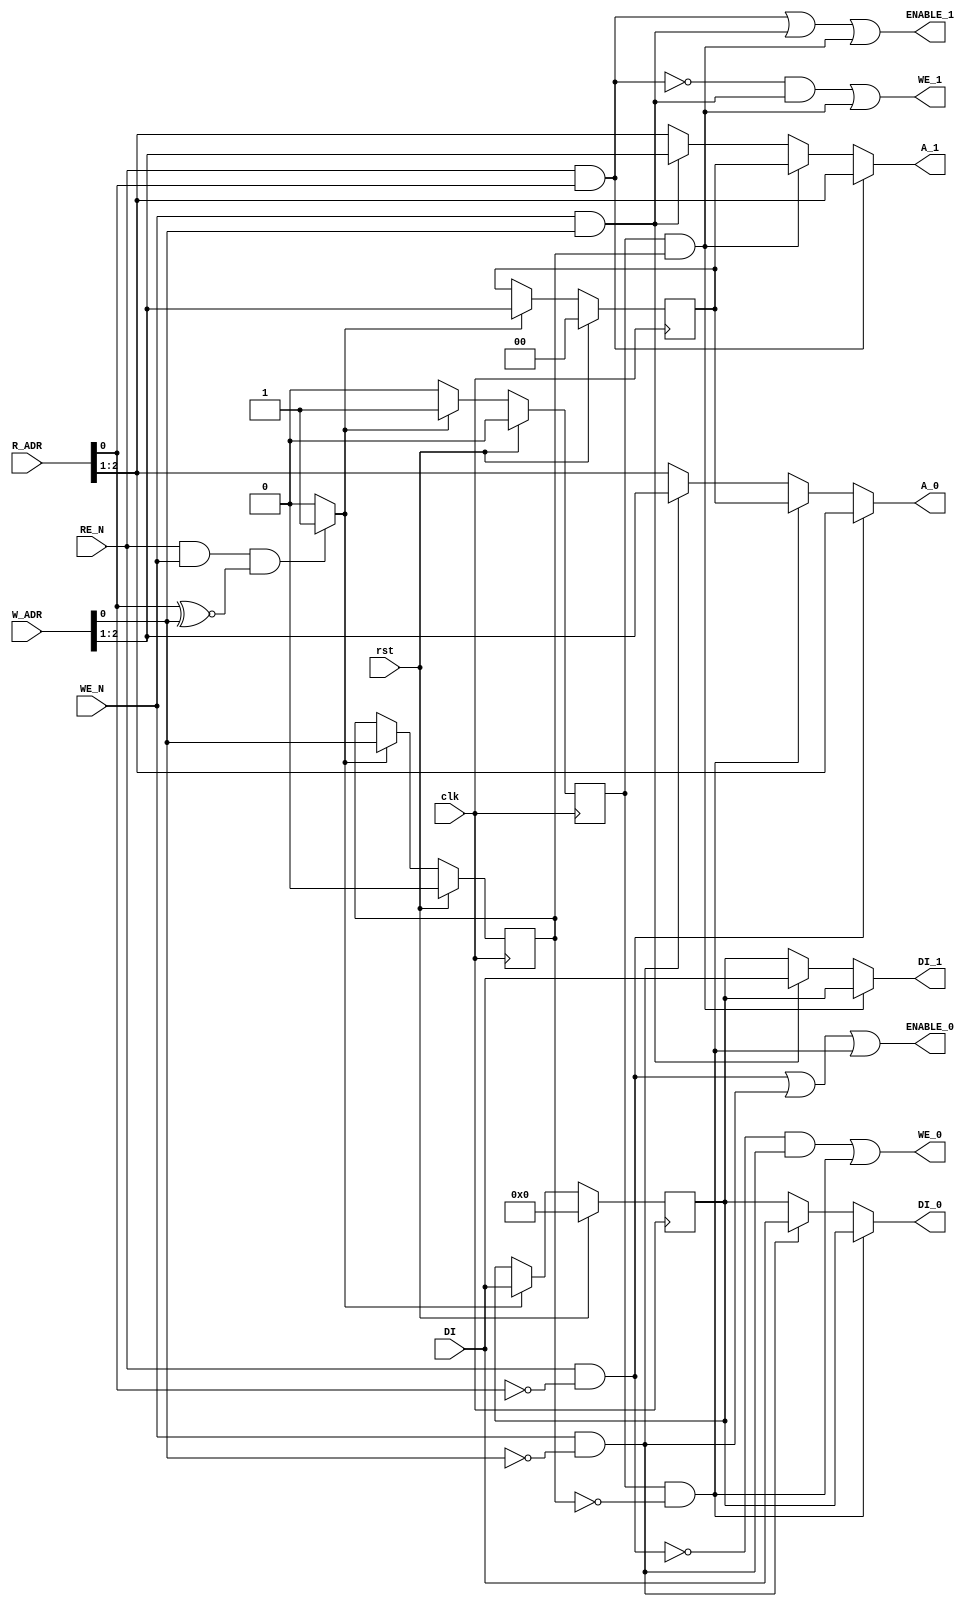
`define WIDTH 3
`define DATA_WIDTH 8

module mem_ctr (
    input clk,
    input rst,
    input WE_N,
    input RE_N,
    input [`WIDTH-1:0] R_ADR,
    input [`WIDTH-1:0] W_ADR,
    input [`DATA_WIDTH-1:0] DI,
    //----------single port ram_0 signal----------//
    output ENABLE_0,
    output WE_0,
    output [`WIDTH-2:0] A_0,
    output [`DATA_WIDTH-1:0] DI_0,
    //----------single port ram_0 signal----------//
    output ENABLE_1,
    output WE_1,
    output [`WIDTH-2:0] A_1,
    output [`DATA_WIDTH-1:0] DI_1
);
    wire R_bit, W_bit;
    wire [`WIDTH-2:0] R_A;
    wire [`WIDTH-2:0] W_A;
    wire CONFLICT;

    //--- write signal  register --------//
    reg W_bit_D;
    reg [`WIDTH-2:0] W_A_D;
    reg [`DATA_WIDTH-1:0] DI_D;
    reg flag;
    //----------------------------------//
    assign {R_A, R_bit} = R_ADR;
    assign {W_A, W_bit} = W_ADR;

    //----------  read & write conflct check--------//
    assign CONFLICT = (RE_N & WE_N) && (R_bit ^~ W_bit) ? 1'b1 : 1'b0;
    // if conflict ,use reg to  keep write signal for 1 clk 

    always @(posedge clk) begin
        if (rst) begin

            W_bit_D <= 1'b0;
            W_A_D <= 0;
            DI_D <= 0;
            flag <= 1'b0;
        end else if (CONFLICT) begin
            W_bit_D <= W_bit ;
            W_A_D <= W_A   ;
            DI_D <= DI  ;
            flag <= 1'b1 ;
        end else begin
            flag <= 1'b0;

        end

    end





    assign ENABLE_0 = (RE_N & ~R_bit) | (WE_N & ~W_bit) | (flag & ~W_bit_D);
    assign ENABLE_1 = (RE_N & R_bit) | (WE_N & W_bit) | (flag & W_bit_D);

    assign WE_0 = (~(RE_N & ~R_bit)) & (WE_N & ~W_bit) | (flag & ~W_bit_D);
    assign WE_1 = (~(RE_N & R_bit)) & (WE_N & W_bit) | (flag & W_bit_D);


    assign A_0 = (RE_N & ~R_bit) ? R_A : (flag & ~W_bit_D) ? W_A_D : (WE_N & ~W_bit) ? W_A : R_A;

    assign A_1 = (RE_N & R_bit) ? R_A : (flag & W_bit_D) ? W_A_D : (WE_N & W_bit) ? W_A : R_A;

    assign DI_0 = (flag & ~W_bit_D) ? DI_D : (WE_N & ~W_bit) ? DI : DI_D;

    assign DI_1 = (flag & W_bit_D) ? DI_D : (WE_N & W_bit) ? DI : DI_D;





endmodule